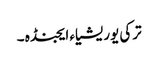
ترکی یوریشیاء ایجنڈہ ۔